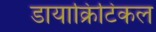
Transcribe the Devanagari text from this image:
डायाक्रिटिकल